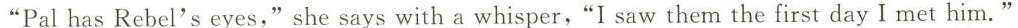
"Pal has Rebel's eyes,"she says with a whisper,"I saw them the first day I met him."